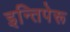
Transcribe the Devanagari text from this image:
इन्तिपेरू